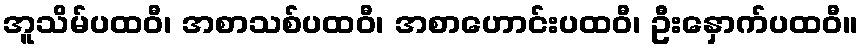
အူသိမ်ပထဝီ၊ အစာသစ်ပထဝီ၊ အစာဟောင်းပထဝီ၊ ဦးနှောက်ပထဝီ။